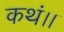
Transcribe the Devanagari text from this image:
कथं।।